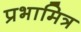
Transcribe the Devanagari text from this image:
प्रभामित्र